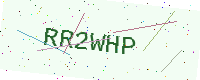
Text: RR2WHP